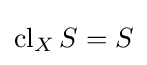
\operatorname {cl} _{X}S=S